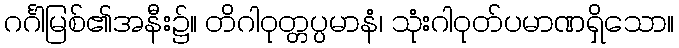
ဂင်္ဂါမြစ်၏အနီး၌။ တိဂါဝုတ္တပ္ပမာနံ၊ သုံးဂါဝုတ်ပမာဏရှိသော။